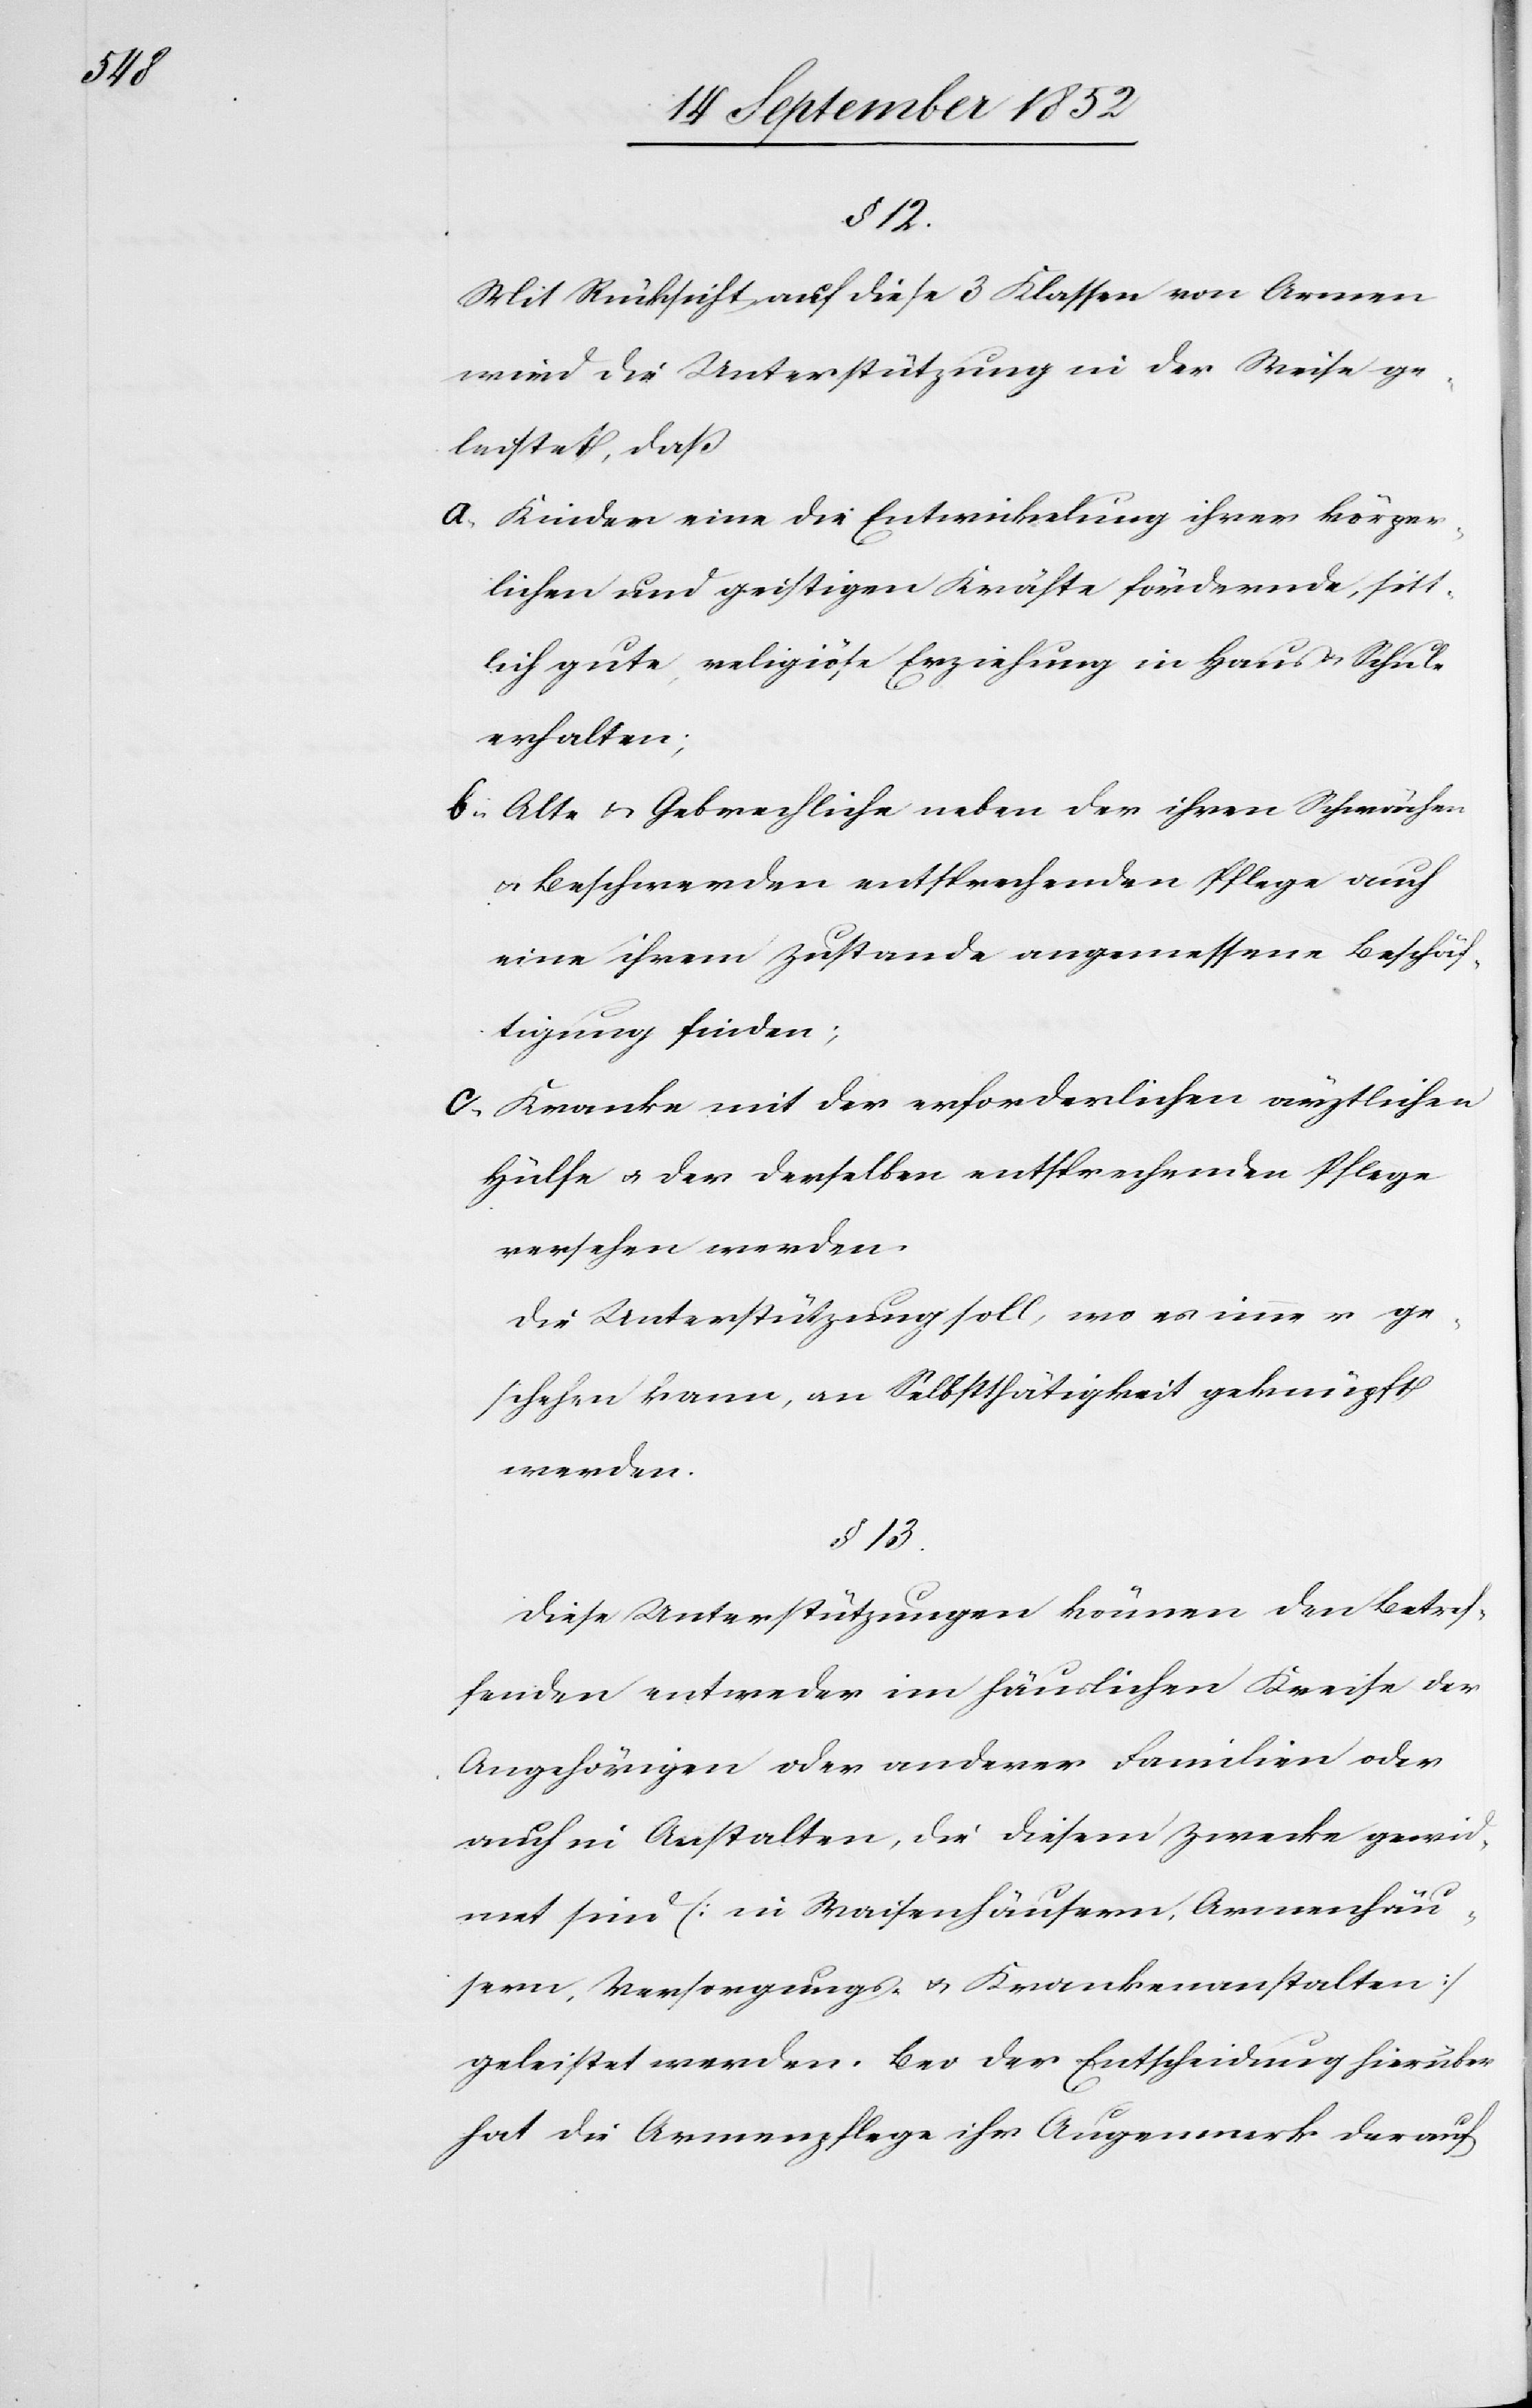
§ 12.
Mit Rücksicht auf diese 3 Klassen von Armen
wird die Unterstützung in der Weise ge¬
leistet, daß
Kinder eine die Entwickelung ihrer körper¬
lichen und geistigen Kräfte fördernde, sitt¬
lich gute, religiöse Erziehung in Haus & Schule
erhalten;
Alte & Gebrechliche neben der ihren Schwächen
& Beschwerden entsprechenden Pflege auch
eine ihrem Zustande angemessene Beschäf¬
tigung finden;
Kranke mit der erforderlichen ärztlichen
Hülfe & der derselben entsprechenden Pflege
versehen werden.
Die Unterstützung soll, wo es immer ge¬
schehen kann, an Selbstthätigkeit geknüpft
werden.
§ 13.
Diese Unterstützungen können den Betref¬
fenden entweder im häuslichen Kreise der
Angehörigen oder anderer Familien oder
auch in Anstalten, die diesem Zwecke gewid¬
met sind (in Waisenhäusern, Armenhäu¬
sern, Versorgungs- & Krankenanstalten)
geleistet werden. Bei der Entscheidung hierüber
hat die Armenpflege ihr Augenmerk darauf